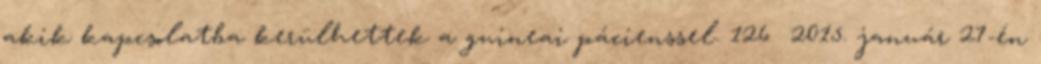
akik kapcsolatba kerülhettek a guineai pácienssel. 126 2015. január 27-én